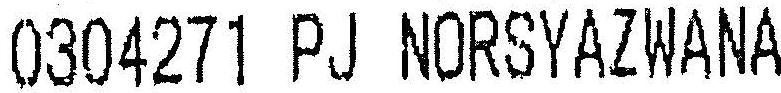
0304271 PJ NORSYAZWANA